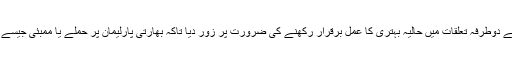
انڈین نیشنل کانگریس کی نمائندگی کرنے والے مانی شنکر آیار نے دوطرفہ تعلقات میں حالیہ بہتری کا عمل برقرار رکھنے کی ضرورت پر زور دیا تاکہ بھارتی پارلیمان پر حملے یا ممبئی جیسے واقعات ایک بار پھر مذاکراتی عمل کو تعطل کا شکار نا کر دیں۔